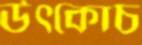
উৎকোচ